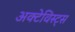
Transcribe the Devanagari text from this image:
अक्टेविस्ट्स